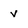
Character: v